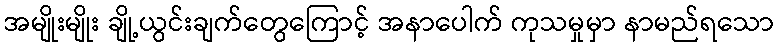
အမျိုးမျိုး ချို့ယွင်းချက်တွေကြောင့် အနာပေါက် ကုသမှုမှာ နာမည်ရသော